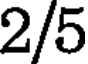
2/5